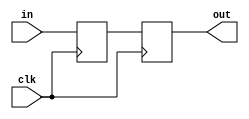
// This program was cloned from: https://github.com/alexforencich/verilog-pcie
// License: MIT License

/*

Copyright (c) 2014-2018 Alex Forencich

Permission is hereby granted, free of charge, to any person obtaining a copy
of this software and associated documentation files (the "Software"), to deal
in the Software without restriction, including without limitation the rights
to use, copy, modify, merge, publish, distribute, sublicense, and/or sell
copies of the Software, and to permit persons to whom the Software is
furnished to do so, subject to the following conditions:

The above copyright notice and this permission notice shall be included in
all copies or substantial portions of the Software.

THE SOFTWARE IS PROVIDED "AS IS", WITHOUT WARRANTY OF ANY KIND, EXPRESS OR
IMPLIED, INCLUDING BUT NOT LIMITED TO THE WARRANTIES OF MERCHANTABILITY
FITNESS FOR A PARTICULAR PURPOSE AND NONINFRINGEMENT. IN NO EVENT SHALL THE
AUTHORS OR COPYRIGHT HOLDERS BE LIABLE FOR ANY CLAIM, DAMAGES OR OTHER
LIABILITY, WHETHER IN AN ACTION OF CONTRACT, TORT OR OTHERWISE, ARISING FROM,
OUT OF OR IN CONNECTION WITH THE SOFTWARE OR THE USE OR OTHER DEALINGS IN
THE SOFTWARE.

*/

// Language: Verilog-2001

`resetall
`timescale 1 ns / 1 ps
`default_nettype none

/*
 * Synchronizes an asyncronous signal to a given clock by using a pipeline of
 * two registers.
 */
module sync_signal #(
    parameter WIDTH=1, // width of the input and output signals
    parameter N=2 // depth of synchronizer
)(
    input wire clk,
    input wire [WIDTH-1:0] in,
    output wire [WIDTH-1:0] out
);

reg [WIDTH-1:0] sync_reg[N-1:0];

/*
 * The synchronized output is the last register in the pipeline.
 */
assign out = sync_reg[N-1];

integer k;

always @(posedge clk) begin
    sync_reg[0] <= in;
    for (k = 1; k < N; k = k + 1) begin
        sync_reg[k] <= sync_reg[k-1];
    end
end

endmodule

`resetall